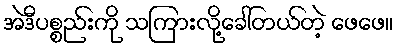
အဲဒီပစ္စည်းကို သကြားလို့ခေါ်တယ်တဲ့ ဖေဖေ။